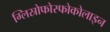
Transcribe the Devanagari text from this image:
ग्लिस्रोफोस्फोकोलाइन